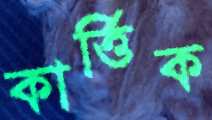
কার্ত্তিক